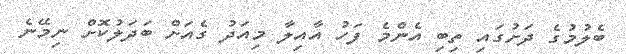
ބެލުމުގެ ދަށުގައި ތިބި އެންމެ ފަހު އާއިލާ މިއަދު ގެއަށް ބަދަލުކޮށް ނިމޭނެ